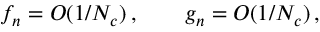
f _ { n } = O ( 1 / N _ { c } ) \, , \qquad g _ { n } = O ( 1 / N _ { c } ) \, ,